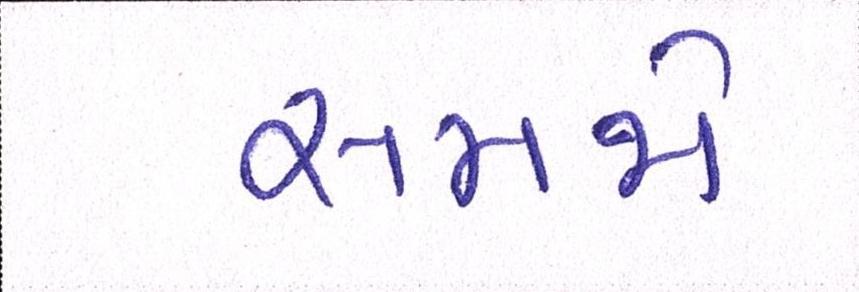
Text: સમજો